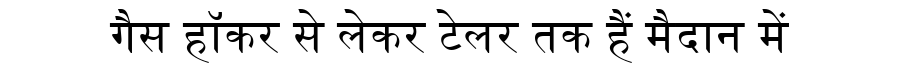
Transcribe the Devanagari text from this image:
गैस हॉकर से लेकर टेलर तक हैं मैदान में